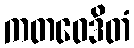
ကတဝေဒိတံ